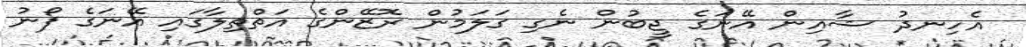
އެހިނދު ޝާއިން އޭނަގެ ޖީބުން ނެގި ގަލަމުން ރޮޒޭންގެ އަތްތިލާގައި އޭނަގެ ފޯނު